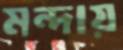
মন্দায়